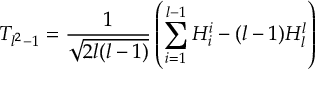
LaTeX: T _ { l ^ { 2 } - 1 } = \frac { 1 } { \sqrt { 2 l ( l - 1 ) } } \left( \sum _ { i = 1 } ^ { l - 1 } H _ { i } ^ { i } - ( l - 1 ) H _ { l } ^ { l } \right)